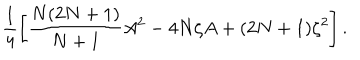
LaTeX: \frac { 1 } { 4 } \left[ \frac { N ( 2 N + 1 ) } { N + 1 } A ^ { 2 } - 4 N \zeta A + ( 2 N + 1 ) \zeta ^ { 2 } \right] .